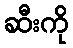
ဆီးကို